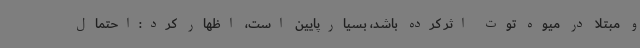
و مبتلا در میوه توت اثر کرده باشد، بسیارپایین است، اظهار کرد:احتمال